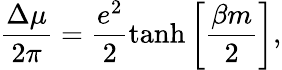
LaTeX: \frac{\Delta\mu}{2\pi}=\frac{e^{2}}{2}\mathrm{tanh}\left[\frac{\beta m}{2}\right],